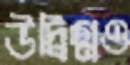
উদ্বিগ্নও